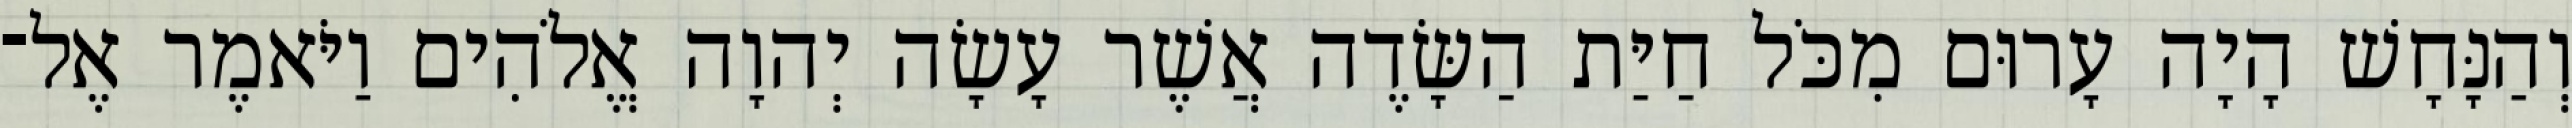
וְהַנָּחָשׁ הָיָה עָרוּם מִכֹּל חַיַּת הַשָּׂדֶה אֲשֶׁר עָשָׂה יְהוָה אֱלֹהִים וַיֹּאמֶר אֶל־